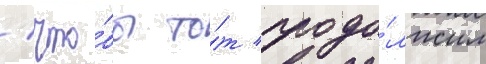
/ что́бы то́т продо́лжил